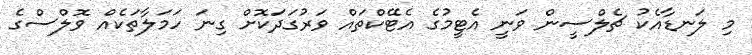
މި ލަނޑާއެކު ޗެލްސީން ވަނީ އެޓީމުގެ އެޓޭކްތައް ވަރުގަދަކޮށް ގިނަ ހަމަލާތަކެއް ވޮލްސްގެ